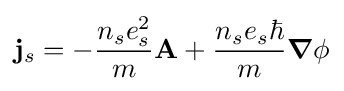
\mathbf {j} _{s}=-{\frac {n_{s}e_{s}^{2}}{m}}\mathbf {A} +{\frac {n_{s}e_{s}\hbar }{m}}{\boldsymbol {\nabla }}\phi